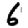
Digit: 6